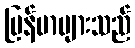
မြန်မာများသည်